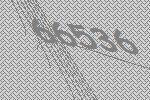
66536